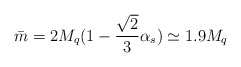
\begin{align*}\bar{m} = 2 M_{q} ( 1 -\frac{\sqrt{2}}{3} \alpha_{s}) \simeq 1.9 M_{q}\end{align*}